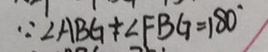
\because \angle A B G + \angle F B G = 1 8 0 ^ { \circ }